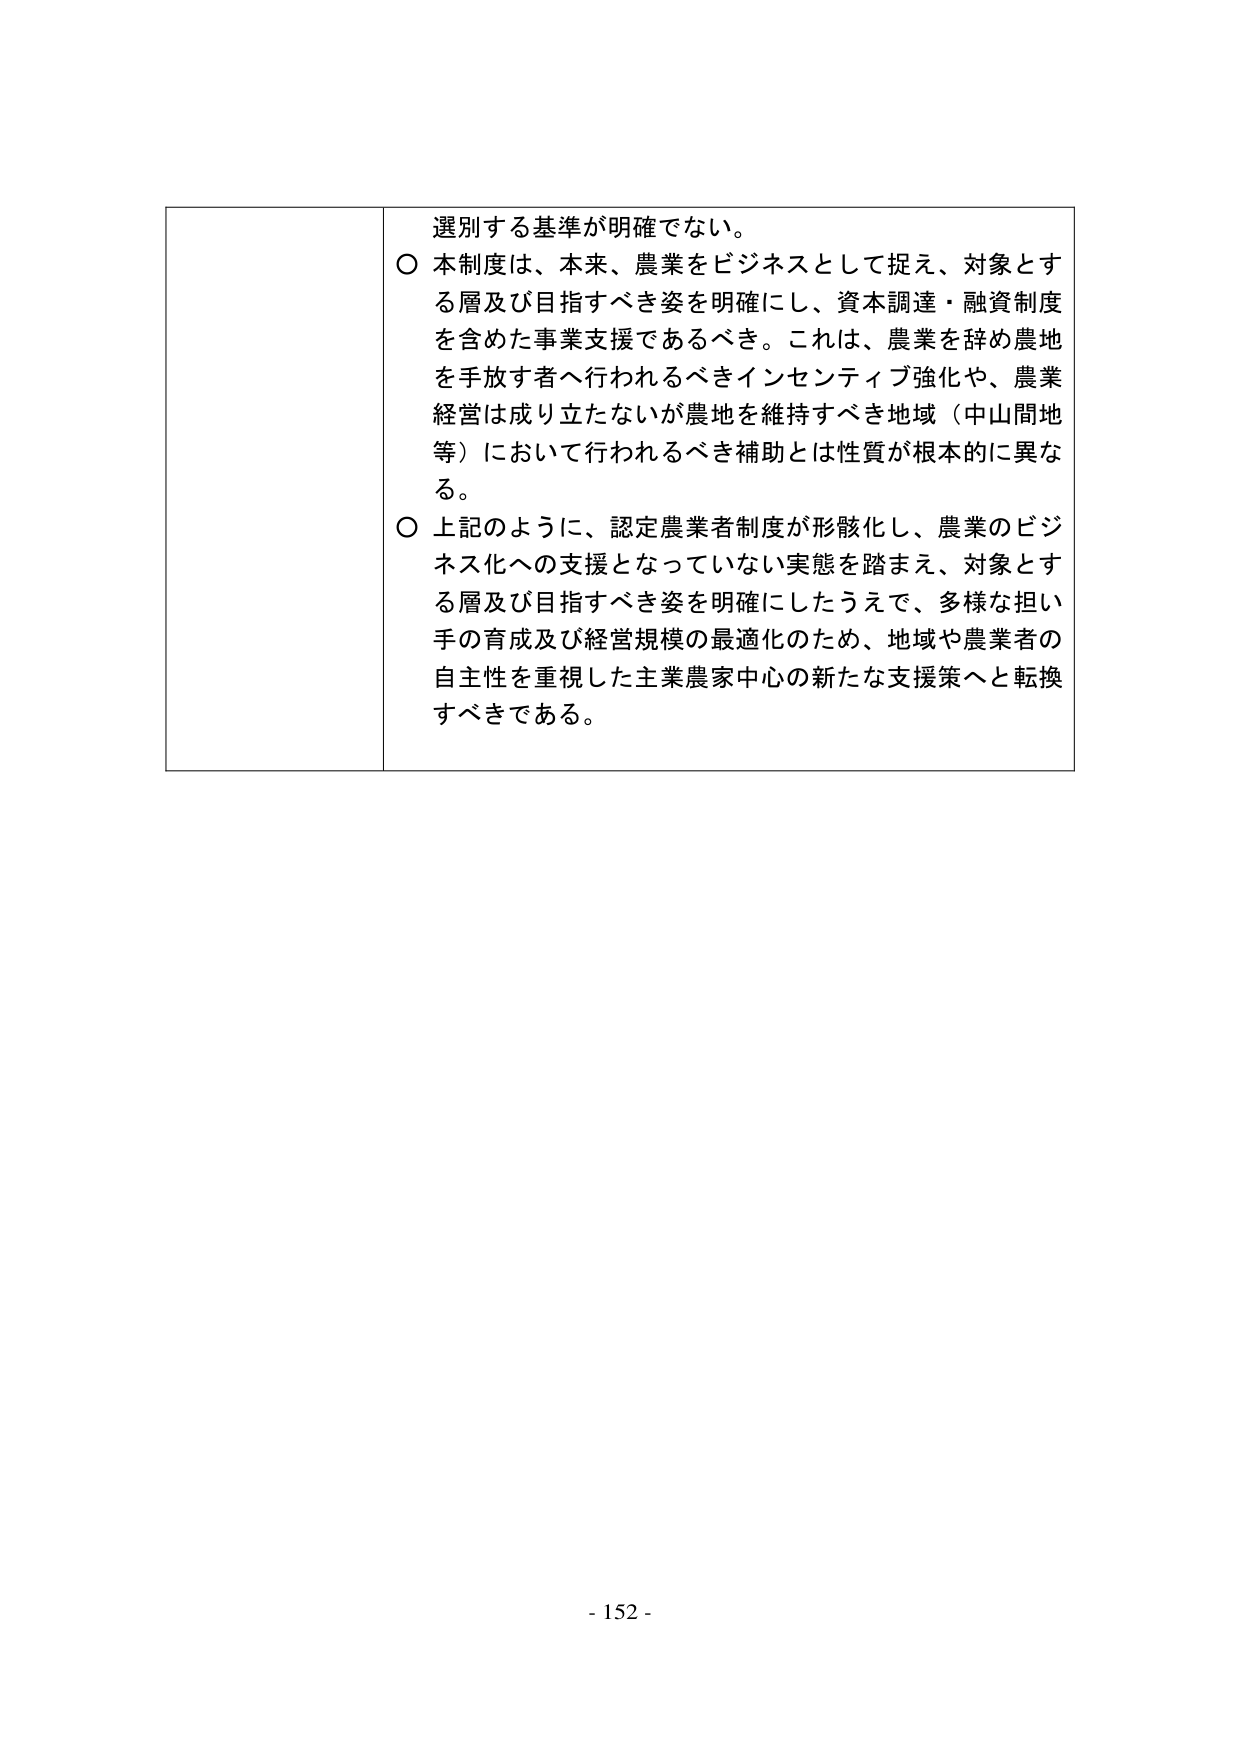
選別する基準が明確でない。
○ 本制度は、本来、農業をビジネスとして捉え、対象とする層及び目指すべき姿を明確にし、資本調達・融資制度を含めた事業支援であるべき。これは、農業を辞め農地を手放す者へ行われるべきインセンティブ強化や、農業経営は成り立たないが農地を維持すべき地域（中山間地等）において行われるべき補助とは性質が根本的に異なる。
○ 上記のように、認定農業者制度が形骸化し、農業のビジネス化への支援となっていない実態を踏まえ、対象とする層及び目指すべき姿を明確にしたうえで、多様な担い手の育成及び経営規模の最適化のため、地域や農業者の自主性を重視した主業農家中心の新たな支援策へと転換すべきである。
- 152 -